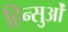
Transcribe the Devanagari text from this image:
हिन्सुओं